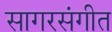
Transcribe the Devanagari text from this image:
सागरसंगीत